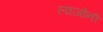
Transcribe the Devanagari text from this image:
लाजोनी